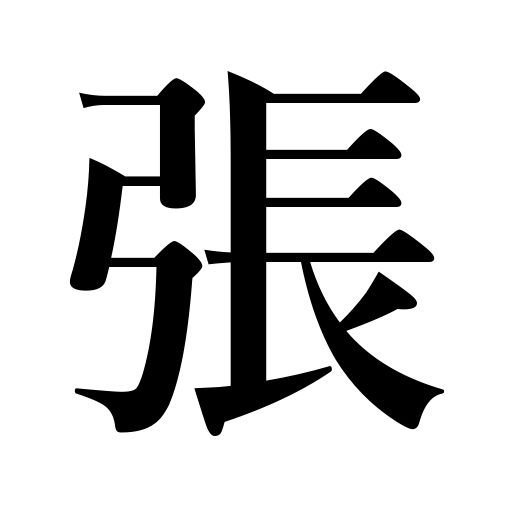
Meanings: form ice,be full,line,square elbows,fill with water,insist on one's own way,increase,brace up,be expensive,swell,guard,tighten,stretch,string,spank,put up a tent,box,give a banquet,be heavy,grow stiff,display,run after a girl,lay flooring,run a store,spread,stake money,slap,counter for bows and stringed instruments,cover,strain